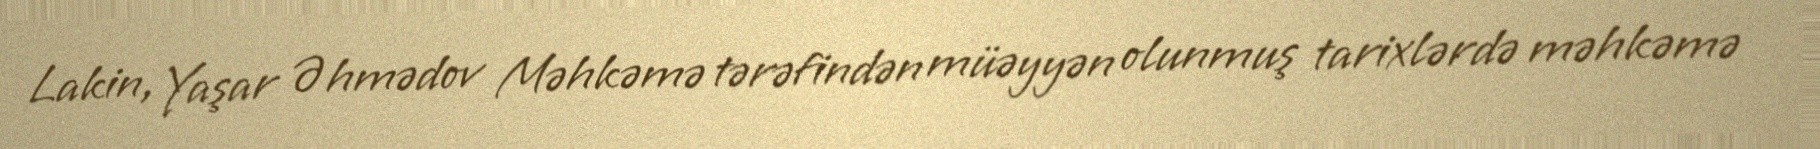
Lakin, Yaşar Əhmədov Məhkəmə tərəfindən müəyyən olunmuş tarixlərdə məhkəmə